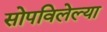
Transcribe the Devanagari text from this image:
सोपविलेल्या